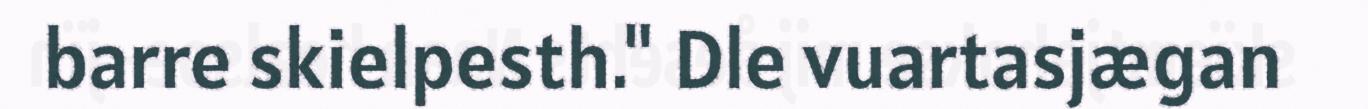
barre skielpesth." Dle vuartasjægan